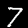
Digit: 7